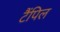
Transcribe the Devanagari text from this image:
टैंपिल